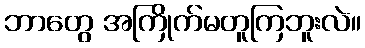
ဘာတွေ အကြိုက်မတူကြဘူးလဲ။